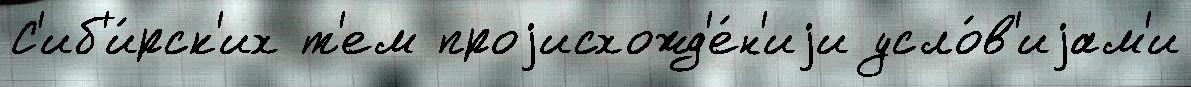
С'иб'и́рск'их т'ем проjисхожд'е́н'иjи усло́в'иjам'и